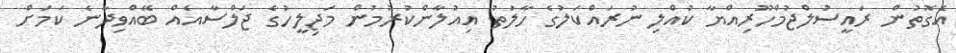
އެގޮތުން ރައީސުލްޖުމްހޫރިއްޔާ ކުއްލި ނުރައްކަލުގެ ހާލަތު އިއުލާންކުރުމުން މަޖިލީހުގެ ޖަލްސާއެއް ބޭއްވިދާނެ ކަމަށް